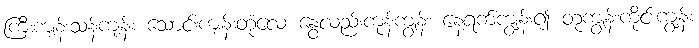
ကြီးကျန်းသန်ကျန်း သောင်းကျန်းတုံလေ နွေလည်းကုန်ကျွန်း နေ့ရက်ကျွန်း၍ တုကျွန်းကိုင်းကျွန်း